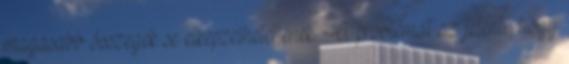
magasabb összegek se elképzelhetetlenek. A problémát az jelenti, hogy